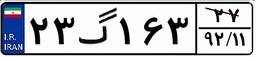
۴۸گ۴۰۱۱۱